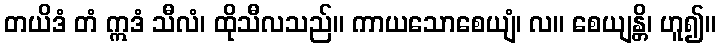
တယိဒံ တံ ဣဒံ သီလံ၊ ထိုသီလသည်။ ကာယသောစေယျံ၊ လ။ စေယျန္တိ၊ ဟူ၍။